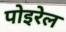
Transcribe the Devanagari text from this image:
पोइरेल